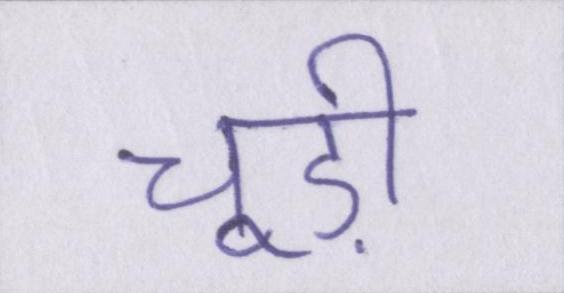
चूड़ी